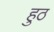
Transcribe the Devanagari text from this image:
हुठ